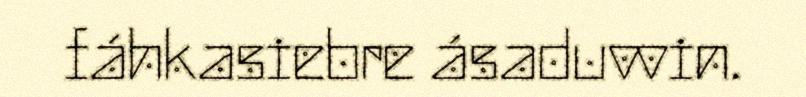
fáhkasiebre ásaduvvin.